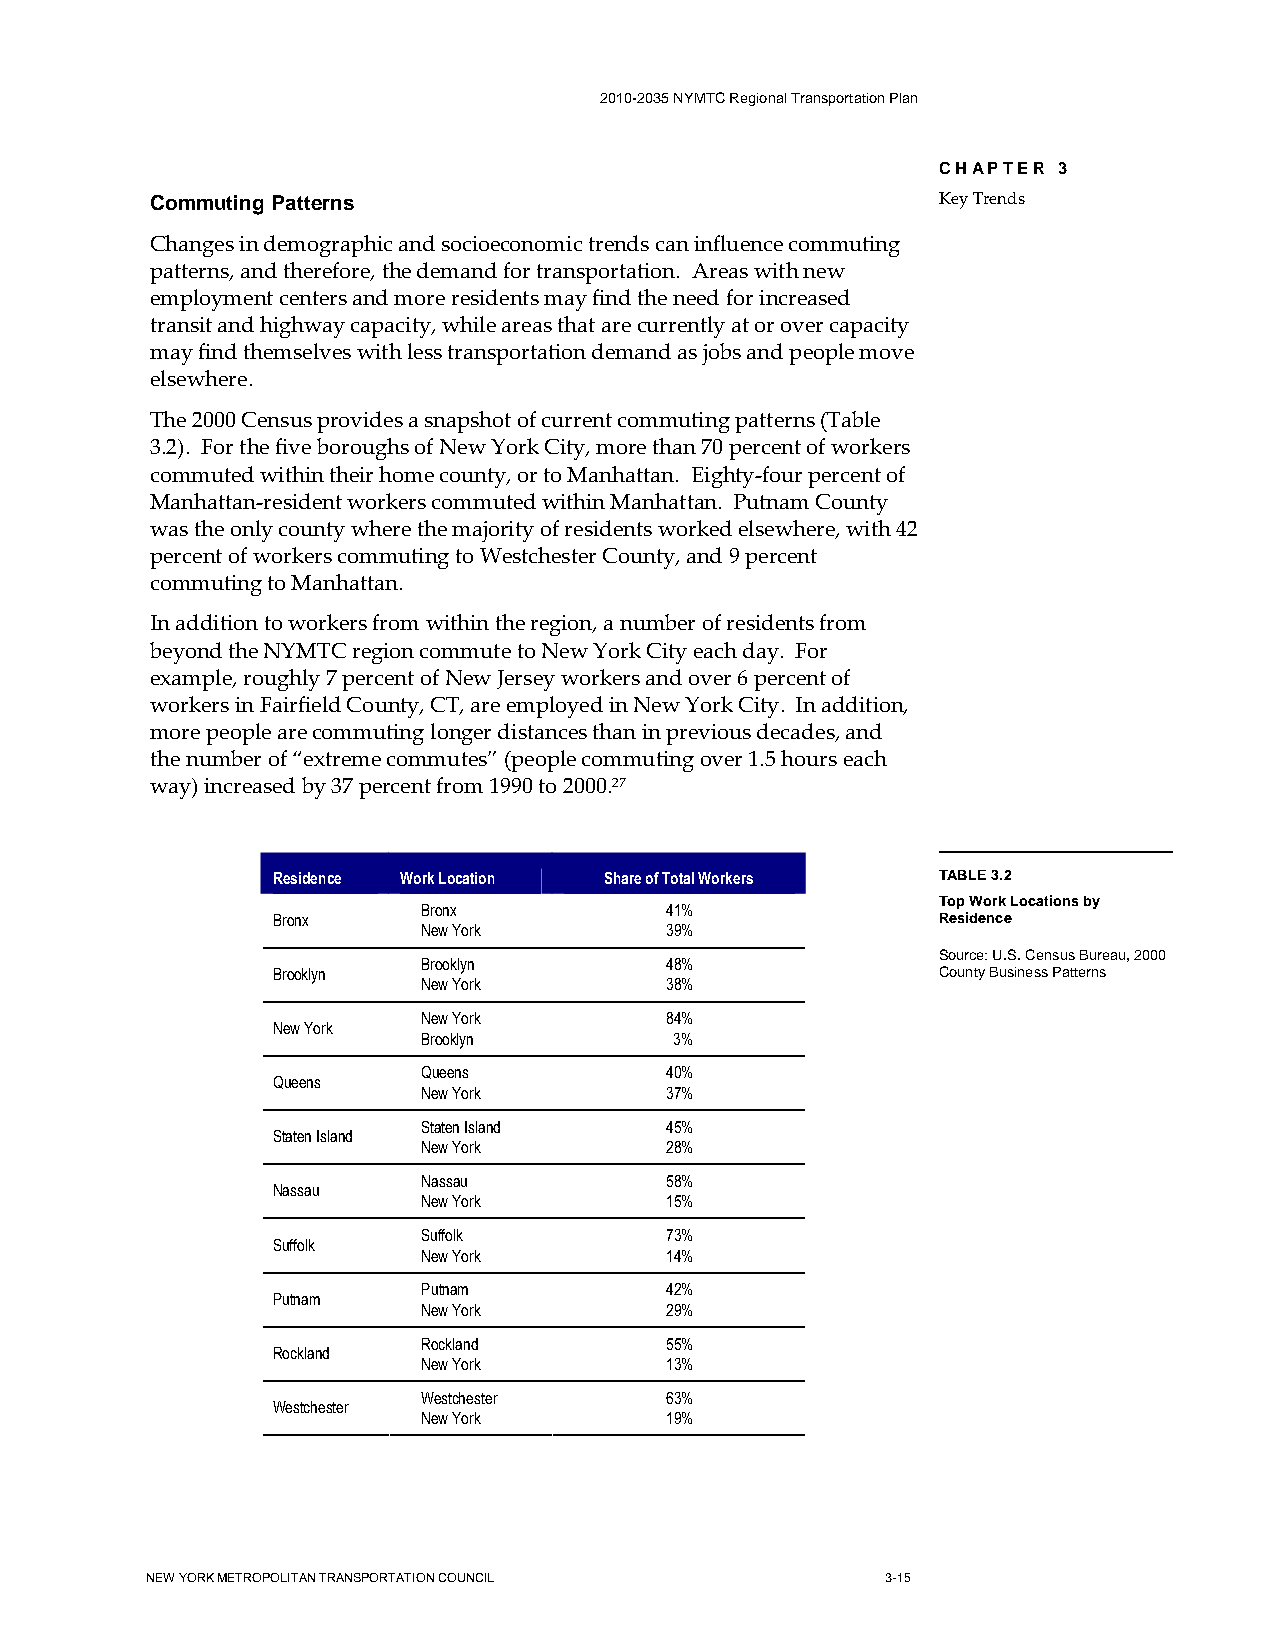
2010-2035 NYMTC Regional Transportation Plan
 CHAPTER 3
 Commuting Patterns                                  Key Trends
 Changes in demographic and socioeconomic trends can influence commuting
 patterns, and therefore, the demand for transportation. Areas with new
 employment centers and more residents may find the need for increased
 transit and highway capacity, while areas that are currently at or over capacity
 may find themselves with less transportation demand as jobs and people move
 elsewhere.
 The 2000 Census provides a snapshot of current commuting patterns (Table
 3.2). For the five boroughs of New York City, more than 70 percent of workers
 commuted within their home county, or to Manhattan. Eighty-four percent of
 Manhattan-resident workers commuted within Manhattan. Putnam County
 was the only county where the majority of residents worked elsewhere, with 42
 percent of workers commuting to Westchester County, and 9 percent
 commuting to Manhattan.
 In addition to workers from within the region, a number of residents from
 beyond the NYMTC region commute to New York City each day. For
 example, roughly 7 percent of New Jersey workers and over 6 percent of
 workers in Fairfield County, CT, are employed in New York City. In addition,
 more people are commuting longer distances than in previous decades, and
 the number of “extreme commutes” (people commuting over 1.5 hours each
 way) increased by 37 percent from 1990 to 2000.27
 Residence Work Location Share of Total Workers TABLE 3.2
 Top Work Locations by
 Bronx           41%
 Bronx                                       Residence
 New York        39%
 Source: U.S. Census Bureau, 2000
 Brooklyn        48%
 Brooklyn                                    County Business Patterns
 New York        38%
 New York        84%
 New York
 Brooklyn         3%
 Queens          40%
 Queens
 New York        37%
 Staten Island   45%
 Staten Island
 New York        28%
 Nassau          58%
 Nassau
 New York        15%
 Suffolk         73%
 Suffolk
 New York        14%
 Putnam          42%
 Putnam
 New York        29%
 Rockland        55%
 Rockland
 New York        13%
 Westchester     63%
 Westchester
 New York        19%
 NEW YORK METROPOLITAN TRANSPORTATION COUNCIL     3-15